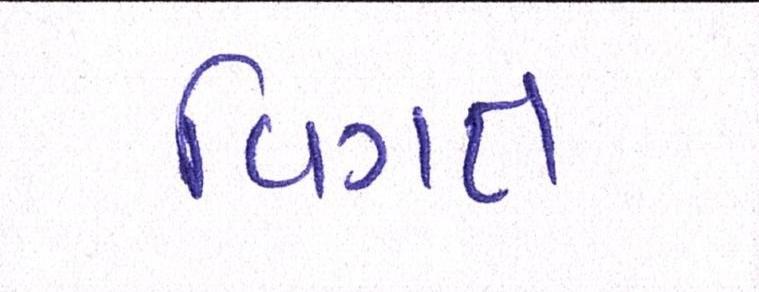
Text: વિગત